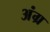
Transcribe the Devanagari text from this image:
अंग्र